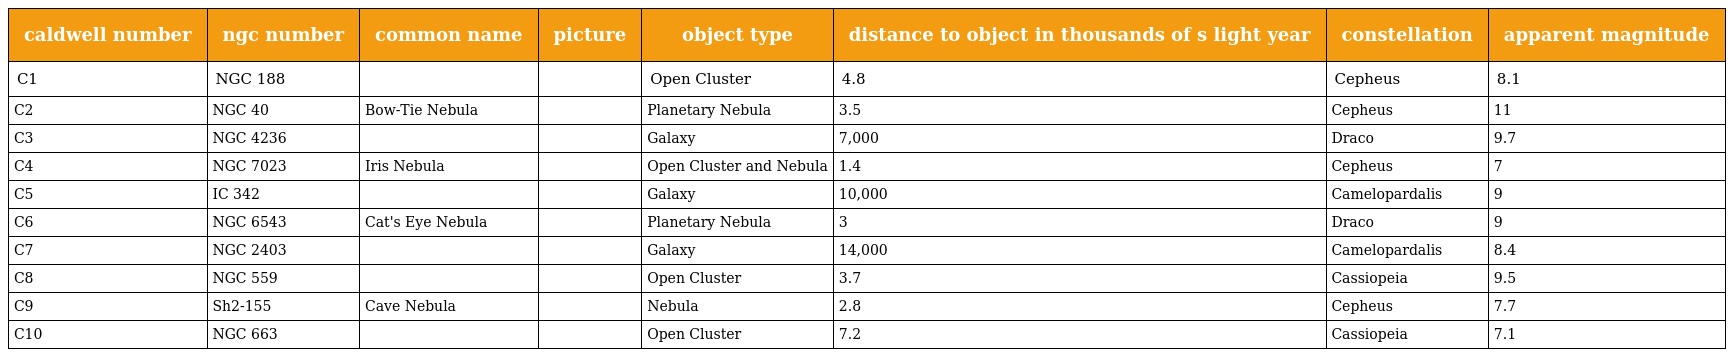
| caldwell number | ngc number | common name | picture | object type | distance to object in thousands of s light year | constellation | apparent magnitude |
 | --- | --- | --- | --- | --- | --- | --- | --- |
 | C1 | NGC 188 |  |  | Open Cluster | 4.8 | Cepheus | 8.1 |
 | C2 | NGC 40 | Bow-Tie Nebula |  | Planetary Nebula | 3.5 | Cepheus | 11 |
 | C3 | NGC 4236 |  |  | Galaxy | 7,000 | Draco | 9.7 |
 | C4 | NGC 7023 | Iris Nebula |  | Open Cluster and Nebula | 1.4 | Cepheus | 7 |
 | C5 | IC 342 |  |  | Galaxy | 10,000 | Camelopardalis | 9 |
 | C6 | NGC 6543 | Cat's Eye Nebula |  | Planetary Nebula | 3 | Draco | 9 |
 | C7 | NGC 2403 |  |  | Galaxy | 14,000 | Camelopardalis | 8.4 |
 | C8 | NGC 559 |  |  | Open Cluster | 3.7 | Cassiopeia | 9.5 |
 | C9 | Sh2-155 | Cave Nebula |  | Nebula | 2.8 | Cepheus | 7.7 |
 | C10 | NGC 663 |  |  | Open Cluster | 7.2 | Cassiopeia | 7.1 |